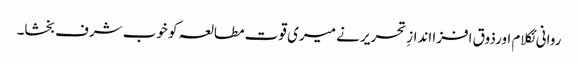
روانی ئکلام اورذوق افزا اندازِ تحریر نے میری قوت مطالعہ کو خوب شرف بخشا۔